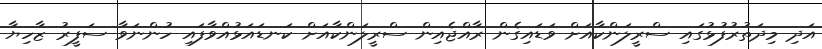
އަދި މިދަތުރުފުޅުގައި ސްރީލަންކާއަށް ވަޑައިގެން ރާއްޖެއިން ސްރީލަންކާއަށް ކަނޑައަޅުއްވާފައި ހުންނަވާ ސަފީރު ޒާހިޔާ